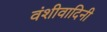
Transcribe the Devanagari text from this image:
वंशीवादिनी